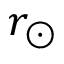
r _ { \odot }